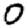
Digit: 0